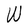
Character: W